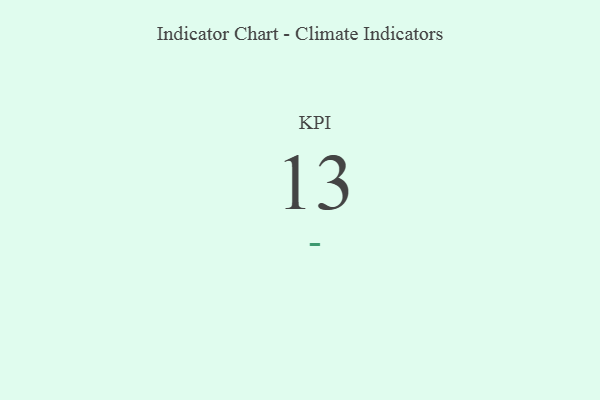
{"axis": {"x": "KPI", "y": "Value"}, "legend": [""], "data": [{"x": "KPI", "y": 13, "type": ""}]}